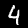
Digit: 4